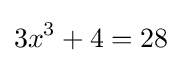
3x^{3}+4=28